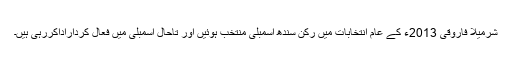
شرمیلا فاروقی 2013ء کے عام انتخابات میں رکن سندھ اسمبلی منتخب ہوئیں اور تاحال اسمبلی میں فعال کرداراداکررہی ہیں۔